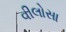
વીલોસા